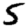
Digit: 5